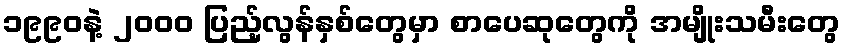
၁၉၉၀နဲ့ ၂၀၀၀ ပြည့်လွန်နှစ်တွေမှာ စာပေဆုတွေကို အမျိုးသမီးတွေ